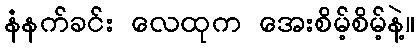
နံနက်ခင်း လေထုက အေးစိမ့်စိမ့်နဲ့။